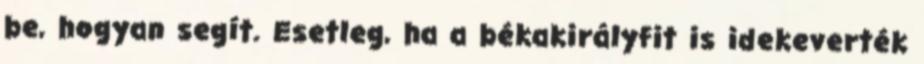
be, hogyan segít. Esetleg, ha a békakirályfit is idekeverték